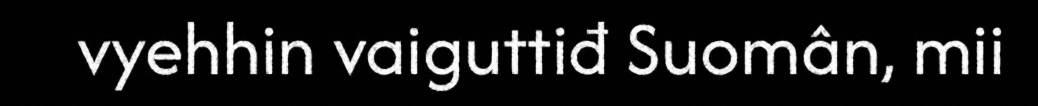
vyehhin vaiguttiđ Suomân, mii